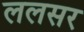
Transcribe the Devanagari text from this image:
ललसर